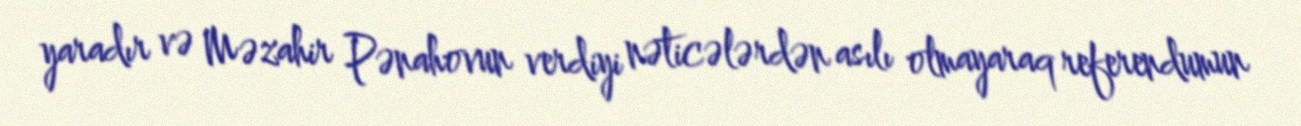
yaradır və Məzahir Pənahovun verdiyi nəticələrdən asılı olmayaraq referendumun